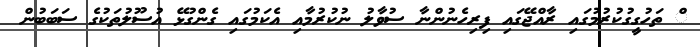
ް ތަހުގީގުކުރުމުގައި ރާއްޖޭގައި ފިރިހެނުންނާ ސުވާލު ނުކުރުމާއި އެކަމުގައި ގެންގުޅޭ އުސޫލުތަކުގެ ސަބަބުން